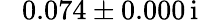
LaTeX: \hphantom{-}0.074\pm 0.000\, \mathrm{i}